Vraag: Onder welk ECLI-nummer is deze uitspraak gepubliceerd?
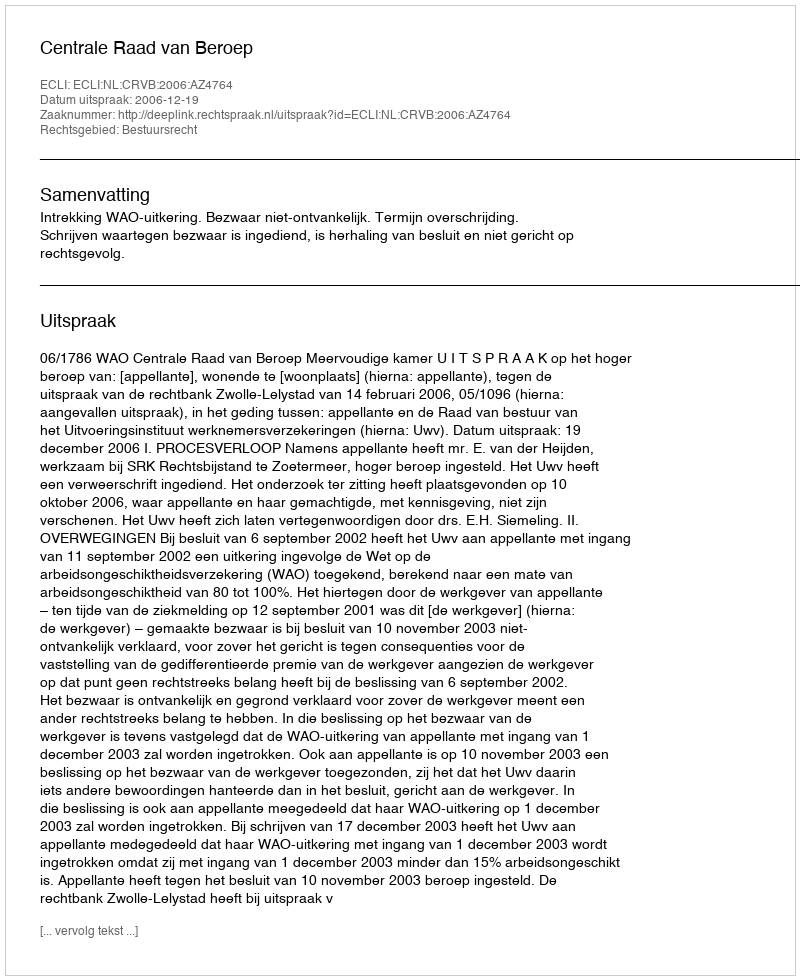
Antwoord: ECLI:NL:CRVB:2006:AZ4764